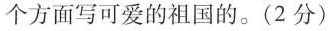
个方面写可爱的祖国的。(2分）